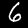
Label: 6